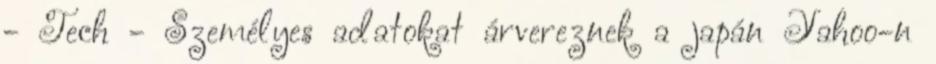
- Tech - Személyes adatokat árvereznek a japán Yahoo-n